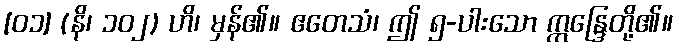
[၀၁] (နိ၊ ၁၀၂) ဟိ၊ မှန်၏။ ဧတေသံ၊ ဤ ၅-ပါးသော ဣန္ဒြေတို့၏။